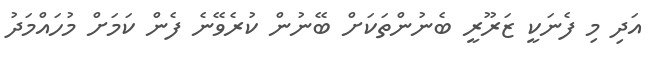
އަދި މި ފެނަކީ ޒަރޫރީ ބެނުންތަކަށް ބޭނުން ކުރެވޭނެ ފެން ކަމަށް މުހައްމަދު